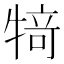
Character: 𰠸